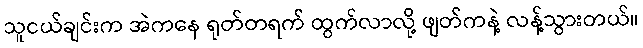
သူငယ်ချင်းက အဲကနေ ရုတ်တရက် ထွက်လာလို့ ဖျတ်ကနဲ့ လန့်သွားတယ်။